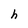
Character: h